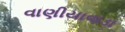
વાણીયાવાડા